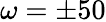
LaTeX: \omega=\pm 50